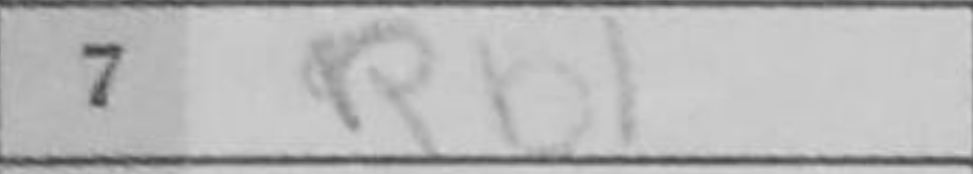
Transcription: Rb1